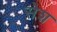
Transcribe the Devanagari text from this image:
सेश